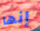
إنها